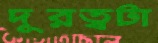
দূরত্বটা